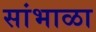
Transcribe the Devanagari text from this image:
सांभाळा